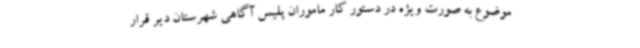
موضوع به صورت ویژه در دستور کار ماموران پلیس آگاهی شهرستان دیر قرار